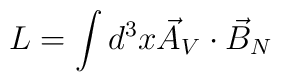
L=\int d^3x \vec{A}_V\cdot \vec{B}_N